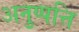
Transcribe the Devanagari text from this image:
अनुप्पत्ति